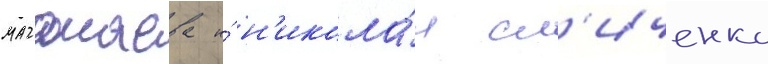
магомаева и́ н'икола́я сл'иченко